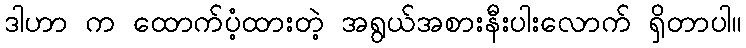
ဒါဟာ က ထောက်ပံ့ထားတဲ့ အရွယ်အစားနီးပါးလောက် ရှိတာပါ။